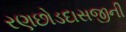
રણછોડદાસજીની